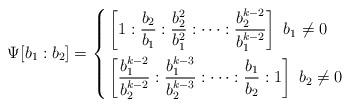
LaTeX: \begin{align*} \Psi[b_1:b_2]=\left\{\begin{aligned} & \left[1:\frac{b_2}{b_1}:\frac{b_2^2}{b_1^2}:\cdots:\frac{b_2^{k-2}}{b_1^{k-2}}\right]\ b_1\neq0\\ & \left[\frac{b_1^{k-2}}{b_2^{k-2}}:\frac{b_1^{k-3}}{b_2^{k-3}}:\cdots:\frac{b_1}{b_2}:1\right]\ b_2\neq0\end{aligned}\right.\end{align*}